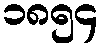
၁၈၅၄